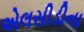
એલસીડીના